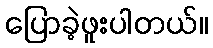
ပြောခဲ့ဖူးပါတယ်။